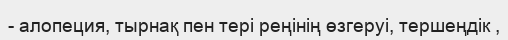
- алопеция, тырнақ пен тері реңінің өзгеруі, тершеңдік ,